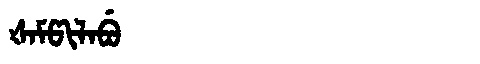
Manchu: ᡧᠠᠮᡦᡳᠯᠠᠪᡠ
Romanization: ŠAMPILABU